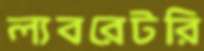
ল্যবরেটরি